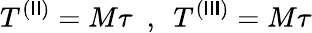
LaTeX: T^{(\mathsf{I}\mathsf{I})}=M\tau~~,~~T^{(\mathsf{I}\mathsf{I}\mathsf{I})}=M\tau